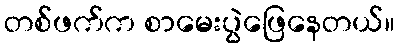
တစ်ဖက်က စာမေးပွဲဖြေနေတယ်။